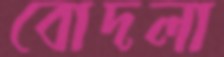
বোদলা